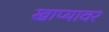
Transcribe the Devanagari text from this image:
खाप्यावर